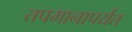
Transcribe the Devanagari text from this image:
तपमानापर्यंत